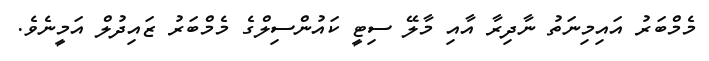
މެމްބަރު އައިމިނަތު ނާދިރާ އާއި މާލޭ ސިޓީ ކައުންސިލްގެ މެމްބަރު ޒައިދުލް އަމީނެވެ.